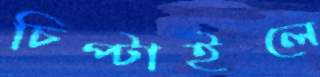
চিপ্‌টাইলে